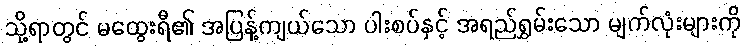
သို့ရာတွင် မထွေးရီ၏ အပြန့်ကျယ်သော ပါးစပ်နှင့် အရည်ရွှမ်းသော မျက်လုံးများကို